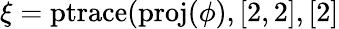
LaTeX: \xi=\operatorname{ptrace}(\operatorname{proj}(\phi),[2,2],[2]